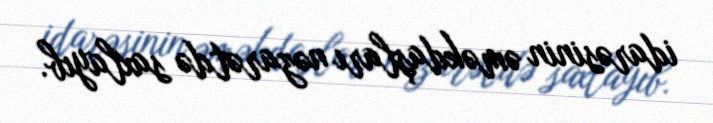
idarəsinin əməkdaşları nəzarətdə saxlayıb.